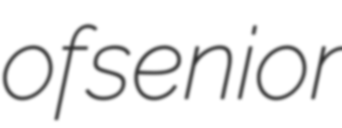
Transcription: of senior